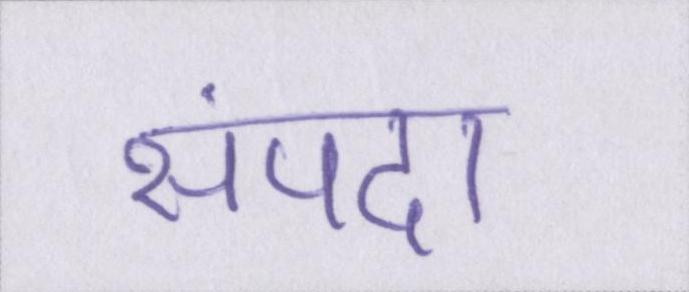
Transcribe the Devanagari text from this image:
संपदा